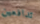
تدافعين